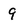
Character: 9